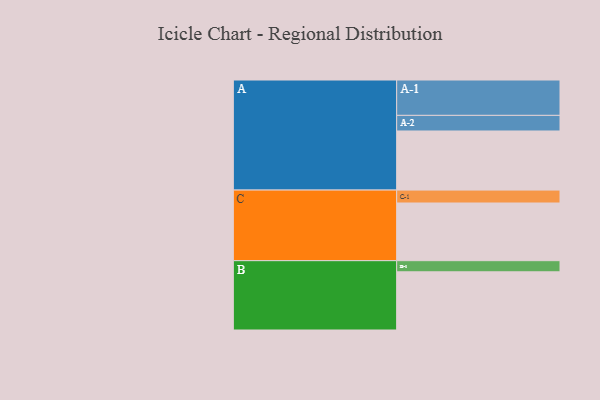
{"axis": {"x": "Segment", "y": "Value"}, "legend": ["", "A", "B", "C"], "data": [{"x": "A", "y": 461, "type": ""}, {"x": "B", "y": 454, "type": ""}, {"x": "C", "y": 450, "type": ""}, {"x": "A-1", "y": 276, "type": "A"}, {"x": "A-2", "y": 122, "type": "A"}, {"x": "B-1", "y": 87, "type": "B"}, {"x": "C-1", "y": 101, "type": "C"}]}